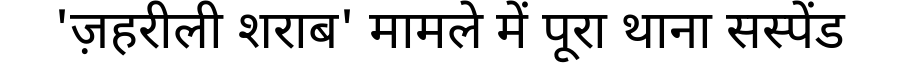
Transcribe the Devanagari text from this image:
'ज़हरीली शराब' मामले में पूरा थाना सस्पेंड